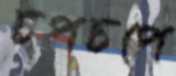
চপচপে